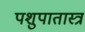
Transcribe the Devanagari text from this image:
पशुपातास्त्र